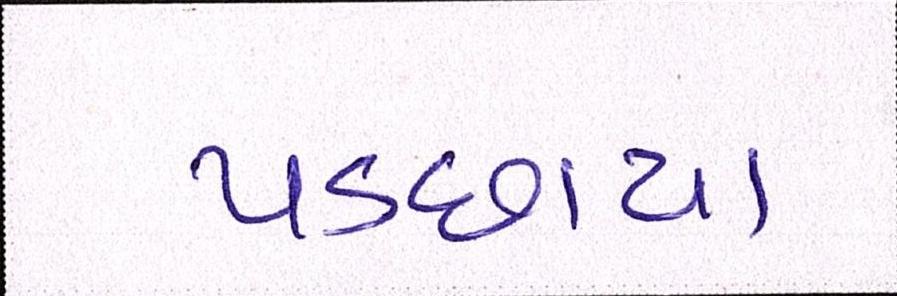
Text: પડછાયા